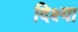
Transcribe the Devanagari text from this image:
दिक्ष्या